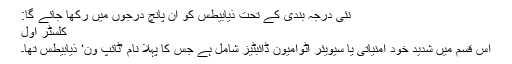
نئی درجہ بندی کے تحت ذیابیطس کو ان پانچ درجوں میں رکھا جائے گا:
کلسٹر اول
اس قسم میں شدید خود امنیاتی یا سیویئر آٹوامیون ڈائبٹیز شامل ہے جس کا پہلا نام ’ٹائپ ون‘ ذیابیطس تھا۔